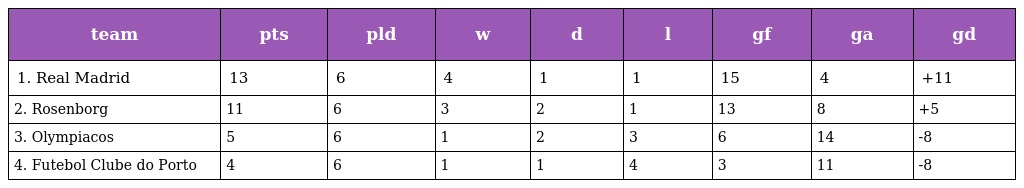
| team | pts | pld | w | d | l | gf | ga | gd |
 | --- | --- | --- | --- | --- | --- | --- | --- | --- |
 | 1. Real Madrid | 13 | 6 | 4 | 1 | 1 | 15 | 4 | +11 |
 | 2. Rosenborg | 11 | 6 | 3 | 2 | 1 | 13 | 8 | +5 |
 | 3. Olympiacos | 5 | 6 | 1 | 2 | 3 | 6 | 14 | -8 |
 | 4. Futebol Clube do Porto | 4 | 6 | 1 | 1 | 4 | 3 | 11 | -8 |